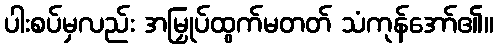
ပါးစပ်မှလည်း အမြှုပ်ထွက်မတတ် သံကုန်အော်၏။